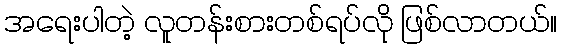
အရေးပါတဲ့ လူတန်းစားတစ်ရပ်လို ဖြစ်လာတယ်။